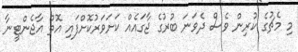
މި މެޗުގެ ކުރިން ވެސް ދެވަނަ ބުރުގެ ޖާގައެއް ކަށަވަރުކޮށްފައި އޮތް އާޖެންޓީނާ